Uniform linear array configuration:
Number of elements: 8
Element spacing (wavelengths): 1
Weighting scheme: hamming
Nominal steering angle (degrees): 30
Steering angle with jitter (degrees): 30.832
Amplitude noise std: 0.05
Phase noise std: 0.05

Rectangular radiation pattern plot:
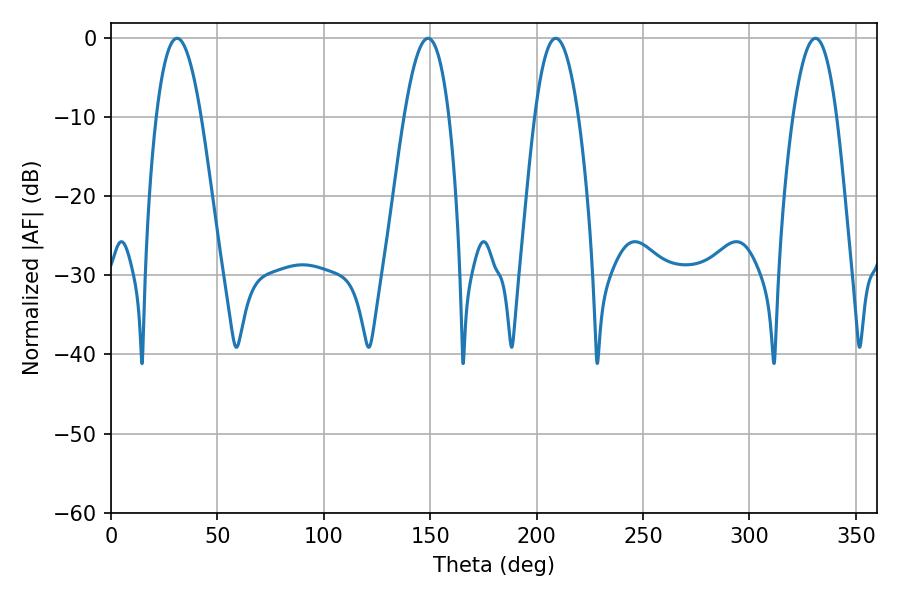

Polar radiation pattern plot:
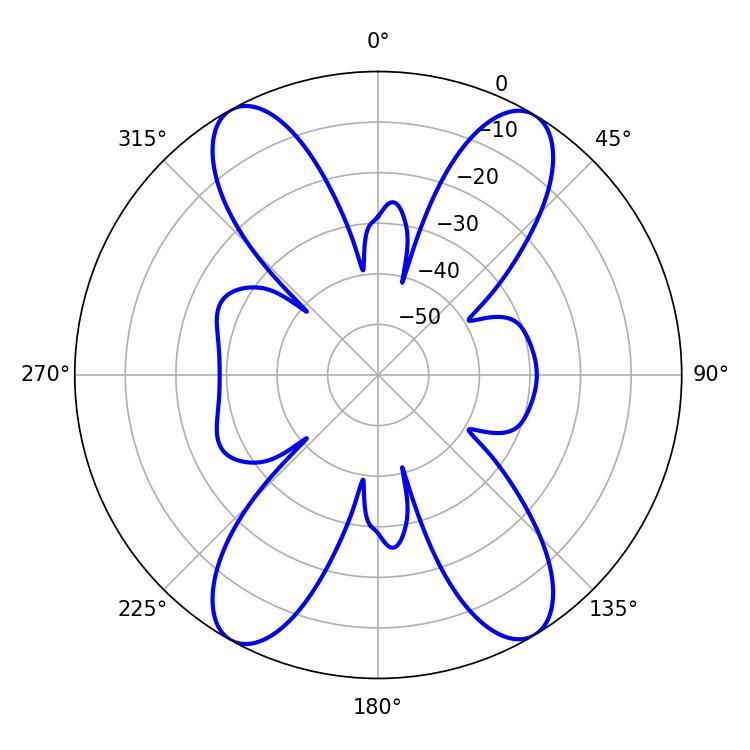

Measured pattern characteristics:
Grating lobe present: TRUE
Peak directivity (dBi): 20.184
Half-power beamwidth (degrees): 11.34
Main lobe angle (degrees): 208.98